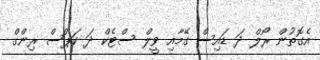
އެގޮތުން ރޯލް ދަ ޑައިސް ގޭމާއި ވީލް ސްޓެކް ދަ ކަޕްސް ރިންގް